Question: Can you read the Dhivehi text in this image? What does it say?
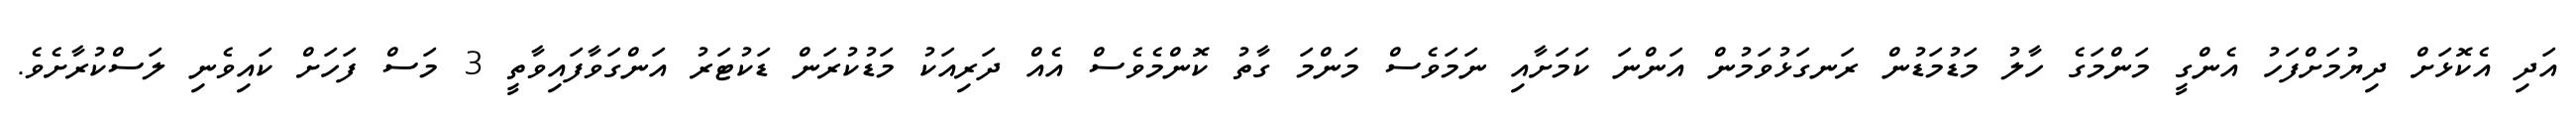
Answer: އަދި އެކޮޅަށް ދިޔުމަށްފަހު އެންގީ މަންމަގެ ހާލު މަޑުމަޑުން ރަނގަޅުވަމުން އަންނަ ކަމަށާއި ނަމަވެސް މަންމަ ގާތު ކޮންމެވެސް އެއް ދަރިއަކު މަޑުކުރަން ޑަކުޓަރު އަންގަވާފައިވާތީ 3 މަސް ފަހަށް ކައިވެނި ލަސްކުރާށެވެ.